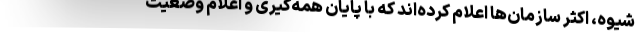
شیوه، اکثر سازمان‌ها اعلام کرده‌اند که با پایان همه‌گیری و اعلام وضعیت